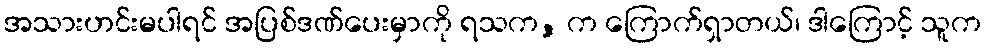
အသားဟင်းမပါရင် အပြစ်ဒဏ်ပေးမှာကို ရသက, က ကြောက်ရှာတယ်၊ ဒါကြောင့် သူက